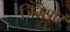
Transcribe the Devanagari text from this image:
जिम्सार